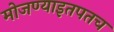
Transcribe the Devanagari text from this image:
मोजण्याइतपतच